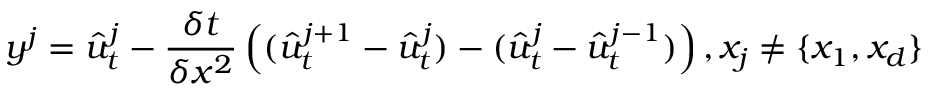
y ^ { j } = \hat { u } _ { t } ^ { j } - \frac { \delta t } { \delta x ^ { 2 } } \left( ( \hat { u } _ { t } ^ { j + 1 } - \hat { u } _ { t } ^ { j } ) - ( \hat { u } _ { t } ^ { j } - \hat { u } _ { t } ^ { j - 1 } ) \right) , x _ { j } \neq \{ x _ { 1 } , x _ { d } \}